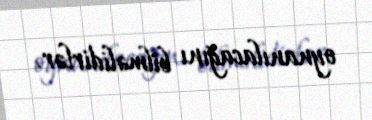
oynanılacağını bilməlidirlər.